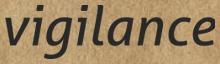
vigilance